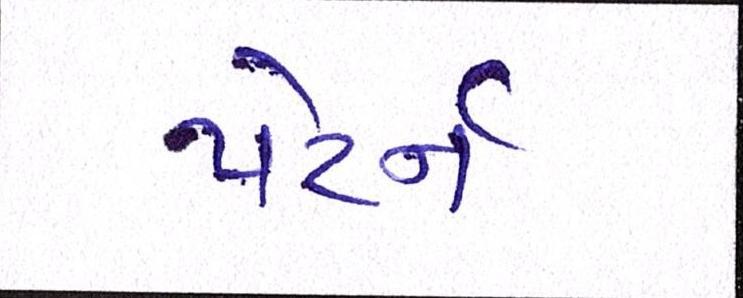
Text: પેટર્ન